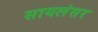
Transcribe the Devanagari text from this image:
सायलंसर